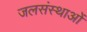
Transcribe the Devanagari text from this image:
जलसंस्थाओं